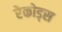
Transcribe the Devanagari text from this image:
रेकोड्स